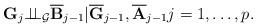
LaTeX: \begin{align*}\mathbf{G}_{j}\mathbf{\perp \!\!\!\perp }_{\mathcal{G}}\overline{\mathbf{B}}_{j-1}\mathbf{|}\overline{\mathbf{G}}_{j-1},\overline{\mathbf{A}}_{j-1}j=1,\dots,p. \end{align*}